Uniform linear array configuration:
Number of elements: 12
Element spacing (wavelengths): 0.5
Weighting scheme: hann
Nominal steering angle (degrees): -60
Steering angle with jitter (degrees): -58.995
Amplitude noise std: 0.05
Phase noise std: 0.05

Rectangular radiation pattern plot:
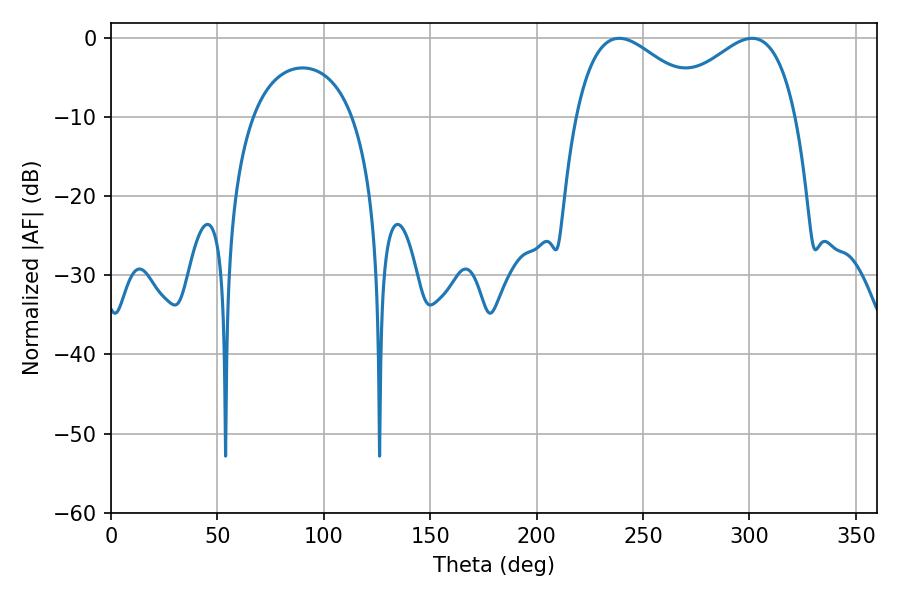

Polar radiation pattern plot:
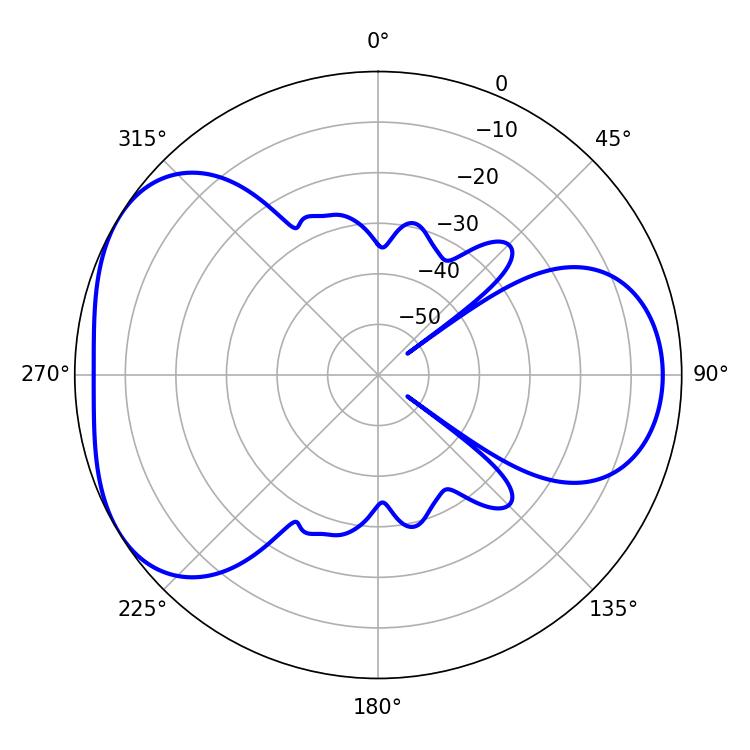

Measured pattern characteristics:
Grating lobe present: FALSE
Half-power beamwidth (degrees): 33.84
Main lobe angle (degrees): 238.86